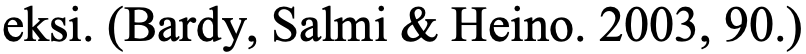
eksi. (Bardy, Salmi & Heino. 2003, 90.)